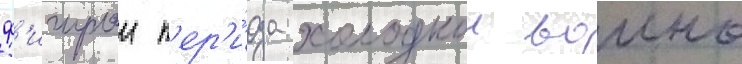
ф'игурои п'ер'и́ода холоднои воины